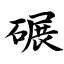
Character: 碾